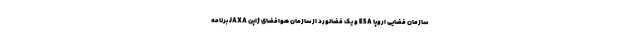
سازمان فضایی اروپا ESA و یک فضانورد از سازمان هوافضای ژاپن JAXA برنامه